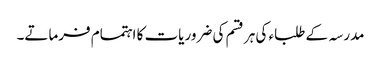
مدرسہ کے طلباء کی ہر قسم کی ضروریات کا اہتمام فرماتے۔